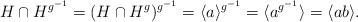
LaTeX: \begin{align*}H\cap H^{g^{-1}}=(H\cap H^g)^{g^{-1}}=\langle a\rangle^{g^{-1}}=\langle a^{g^{-1}}\rangle=\langle ab\rangle.\end{align*}